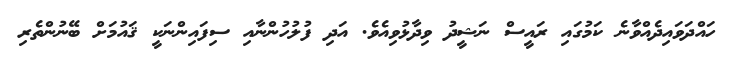
ހައްދަވައިދެއްވާނެ ކަމުގައި ރައީސް ނަޝީދު ވިދާޅުވިއެވެ. އަދި ފުލުހުންނާއި ސިފައިންނަކީ ޤައުމަށް ބޭނުންތެރި